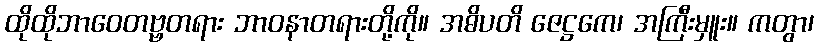
ထိုထိုဘာဝေတဗ္ဗတရား ဘာဝနာတရားတို့ကို။ အဓိပတိ ဇေဋ္ဌကေ၊ အကြီးမှူး။ ကတွာ၊